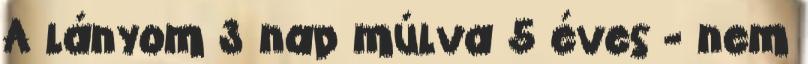
A lányom 3 nap múlva 5 éves - nem